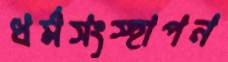
ধর্মসংস্হাপন